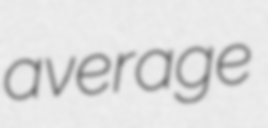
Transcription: average